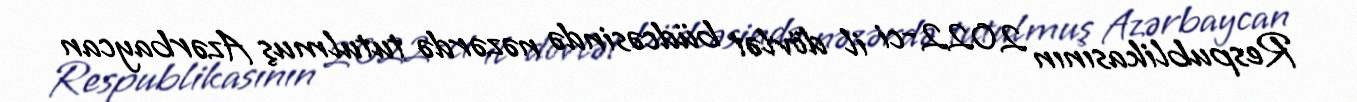
Respublikasının 2022-ci il dövlət büdcəsində nəzərdə tutulmuş Azərbaycan